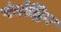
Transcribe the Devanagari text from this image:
पंचोद्रिय